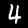
Label: 4